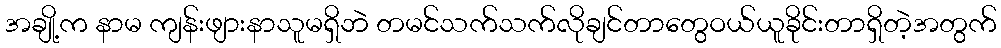
အချို့က နာမ ကျန်းဖျားနာသူမရှိဘဲ တမင်သက်သက်လိုချင်တာတွေဝယ်ယူခိုင်းတာရှိတဲ့အတွက်